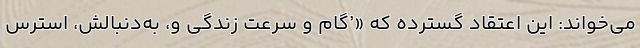
می‌خواند: این اعتقاد گسترده که «’گام و سرعت زندگی و، به‌دنبالش، استرس